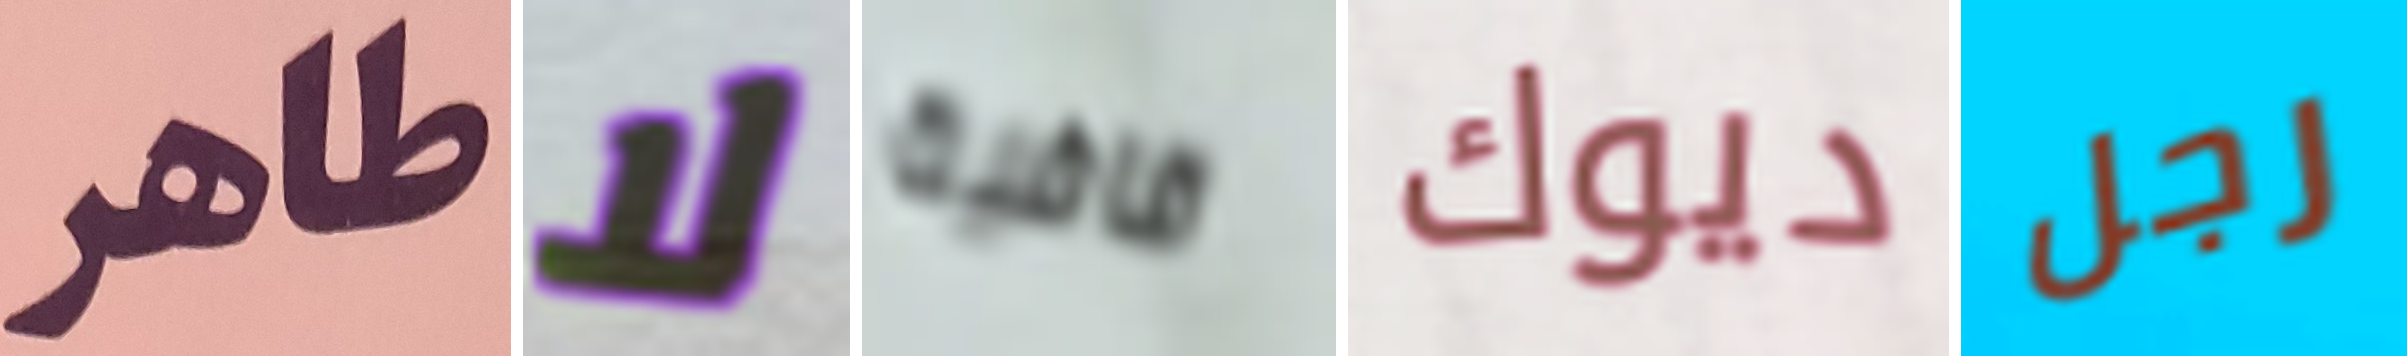
طاهر لا قافية ديوك رجل